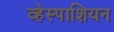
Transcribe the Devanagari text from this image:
व्हेस्पाशियन